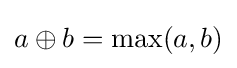
a\oplus b=\max(a,b)